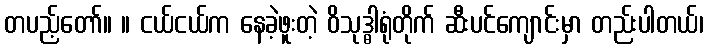
တပည့်တော်။ ။ ငယ်ငယ်က နေခဲ့ဖူးတဲ့ ဝိသုဒ္ဓါရုံတိုက် ဆီးပင်ကျောင်းမှာ တည်းပါတယ်၊